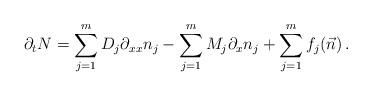
LaTeX: \begin{align*}\partial_t N = \sum_{j=1}^{m} D_j \partial_{xx} n_j - \sum_{j=1}^m M_j \partial_x n_j + \sum_{j=1}^m f_j (\vec{n})\, .\end{align*}